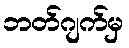
ဘတ်ဂျက်မှ